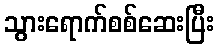
သွားရောက်စစ်ဆေးပြီး